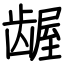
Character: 龌